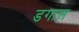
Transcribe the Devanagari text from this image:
डगाल